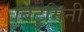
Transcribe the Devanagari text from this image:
बिटुमिनी